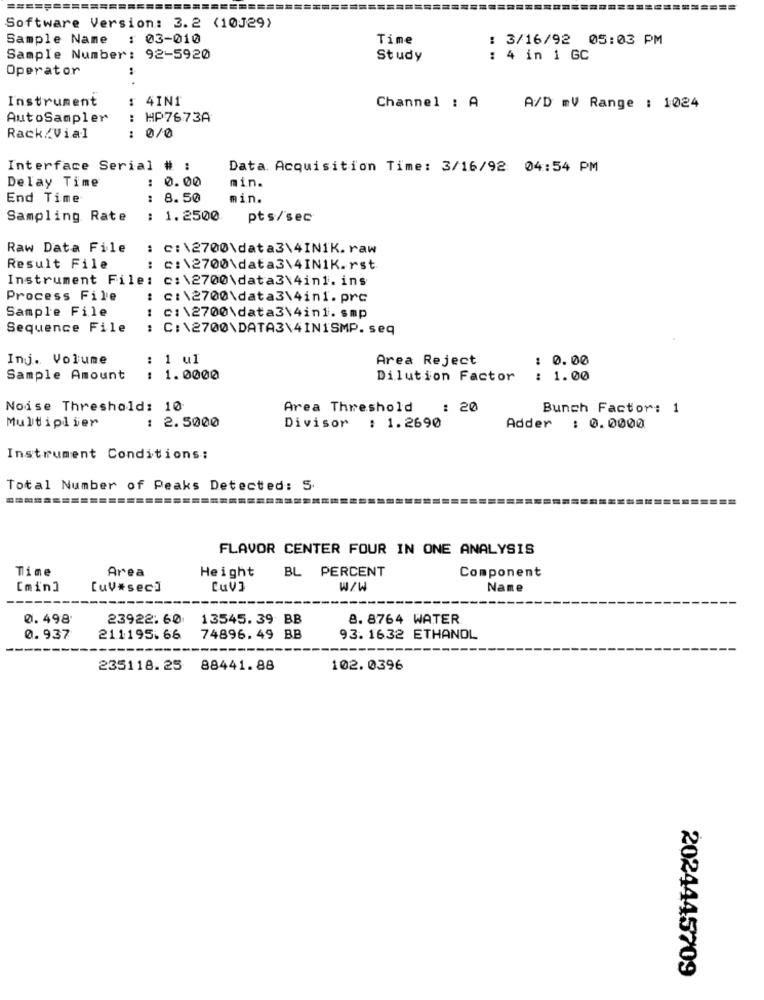
=======
Software Version: 3.2 (10J29)
Sample Name
: 03-010
Time
: 3/16/92 05:03 PM
Sample Number: 92-5920
Study
: 4 in 1 GC
Operator
.. .
Instrument
4IN1
Channel : A
A/D mV Range : 1024
AutoSampler
HP7673A
Rack/Vial
0/0
.. ..
Interface Serial # :
Data. Acquisition Time: 3/16/92 04:54 PM
: 0.00
Delay Time
min.
End Time
: 8.50
min.
Sampling Rate
: 1.2500
pts/sec
Raw Data File
: C:\2700\data3\4INIK.raw
Result File
: c:\2700\data3\4IN1K.rst
Instrument File: c:\2700\data3\4in1.ins
Process File
: C:\2700\data3\4in1.prc
Sample File
1
c:\2700\data3\4in1.smp
Sequence File
: C:\2700\DATA3\4INISMP. seq
Inj. Volume
: 1 ul
Area Reject
: 0.00
Sample Amount
1.0000
Dilution Factor
: 1.00
Noise Threshold: 10
Area Threshold
: 20
Bunch Factor: 1
Multiplier
2.5000
Divisor : 1.2690
Adder : 0.0000
Instrument Conditions:
Total Number of Peaks Detected: 5.
FLAVOR CENTER FOUR IN ONE ANALYSIS
Time
Area
Height
BL PERCENT
Component
[min]
[uV#sec]
CuV3
W/W
Name
0. 498
23922.60
13545.39 BB
8. 8764 WATER
0.937
211195.66
74896.49 BB
93. 1632 ETHANOL
235118. 25 88441.88
102.0396
2024445709